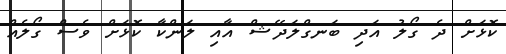
ކޮޅަށް ދެ ގޯލު އަދި ބަނގްލަދޭޝް އާއި ލަންކާ ކޮޅަށް ވެސް ގޯލެއް